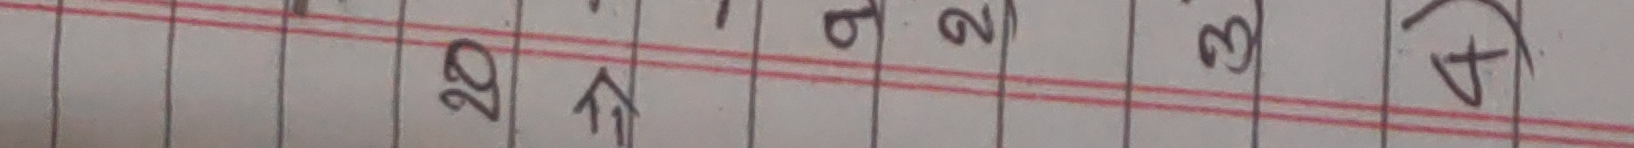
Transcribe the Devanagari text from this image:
२० फाईल २३४